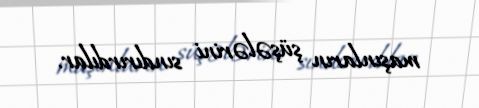
maşınların şüşələrini sındırırdılar.